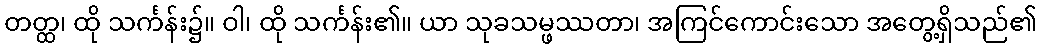
တတ္ထ၊ ထို သင်္ကန်း၌။ ဝါ၊ ထို သင်္ကန်း၏။ ယာ သုခသမ္ဖဿတာ၊ အကြင်ကောင်းသော အတွေ့ရှိသည်၏